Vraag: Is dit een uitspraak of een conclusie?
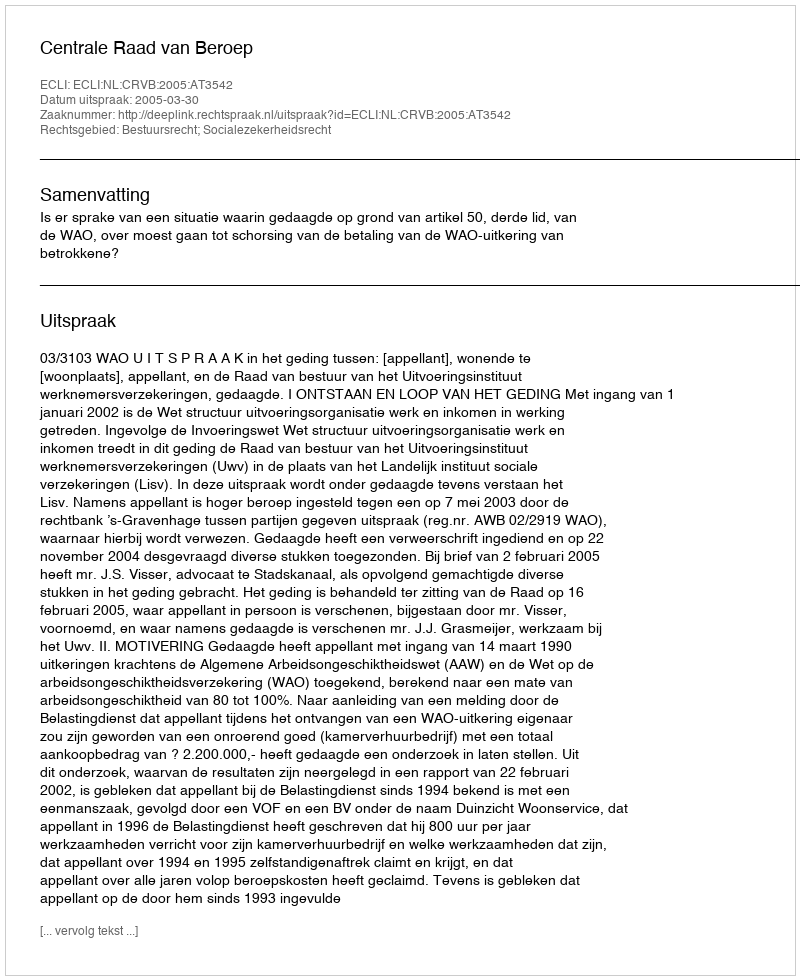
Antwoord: Uitspraak